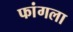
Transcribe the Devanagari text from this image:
फांगला